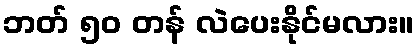
ဘတ် ၅၀ တန် လဲပေးနိုင်မလား။